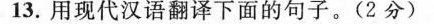
13.用现代汉语翻译下面的句子。(2分)